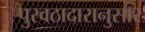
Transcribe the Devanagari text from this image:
पुरवठादारानुसार